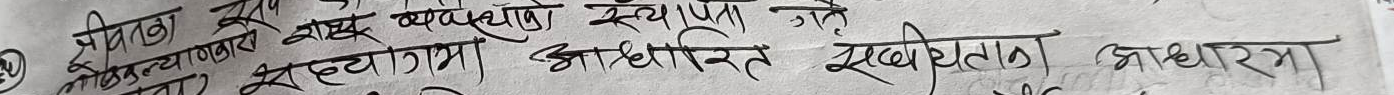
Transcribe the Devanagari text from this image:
नेपाल सरकार मन्त्रिपरिषद को निर्णय दिनाङ्क २०७९ ०३ २८
...जमानत शुल्क माफ अन्तर्गत संस्थाना तथा संगठन ले
व्यवस्थाको स्थापना गर्ने।
संस्थागत सुशासनमा आधारित स्वच्छताका साधारण